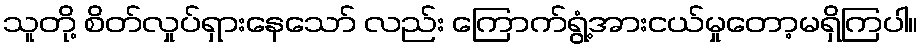
သူတို့ စိတ်လှုပ်ရှားနေသော် လည်း ကြောက်ရွံ့အားငယ်မှုတော့မရှိကြပါ။